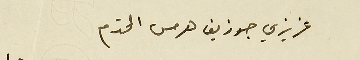
عزيزي جوزيف هرمس المحترم